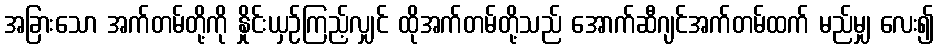
အခြားသော အက်တမ်တို့ကို နှိုင်းယှဉ်ကြည့်လျှင် ထိုအက်တမ်တို့သည် အောက်ဆီဂျင်အက်တမ်ထက် မည်မျှ လေး၍